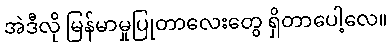
အဲဒီလို မြန်မာမှုပြုတာလေးတွေ ရှိတာပေါ့လေ။